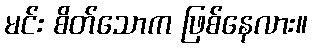
မင်း စိတ်သောက ဖြစ်နေလား။